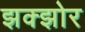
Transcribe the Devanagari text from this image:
झक्झोर